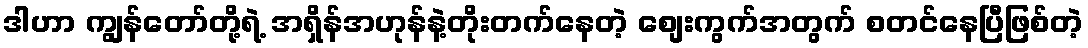
ဒါဟာ ကျွန်တော်တို့ရဲ့ အရှိန်အဟုန်နဲ့တိုးတက်နေတဲ့ စျေးကွက်အတွက် စတင်နေပြီဖြစ်တဲ့